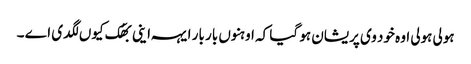
ہولی ہولی اوہ خود وی پریشان ہو گیا کہ اوہنوں بار بار ایہہ اینی بھُک کیوں لگدی اے ۔